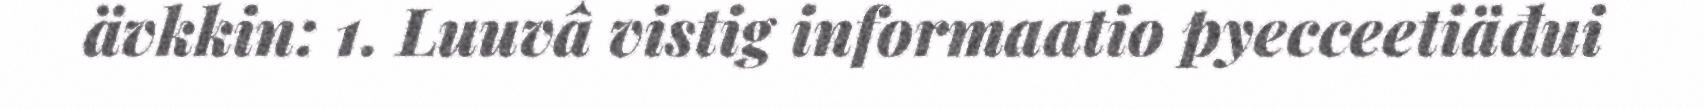
ävkkin: 1. Luuvâ vistig informaatio pyecceetiäđui